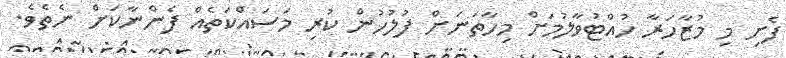
ފެށި މި މުޒާހަރާ ހުއްޓުވާލުމަށް މިހާތަނަށް ފުލުހުން ކުރި މަސައްކަތެއް ފެންނާކަށް ނެތެވެ.